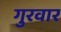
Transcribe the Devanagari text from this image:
गुरवार